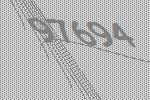
97694